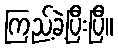
ကြည့်ခဲ့ပြီးပြီ။